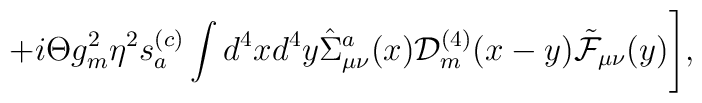
+i\Theta g_m^2\eta^2s_a^{(c)}\int d^4x d^4y\hat\Sigma_{\mu\nu}^a(x){\cal D}_m^{(4)}(x-y)\tilde{\cal F}_{\mu\nu}(y)\Biggr],